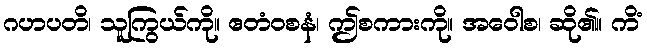
ဂဟပတိ၊ သူကြွယ်ကို။ ဧတံဝစနံ၊ ဤစကားကို။ အဝေါစ၊ ဆို၏။ ကိံ